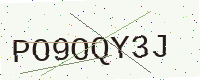
Text: PO9OQY3J